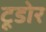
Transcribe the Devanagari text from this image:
टूडोर